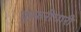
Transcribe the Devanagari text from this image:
कुकरीधारी